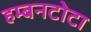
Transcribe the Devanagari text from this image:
हम्बनटोटा